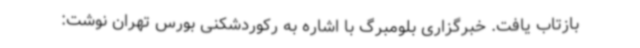
بازتاب یافت. خبرگزاری بلومبرگ با اشاره به رکوردشکنی بورس تهران نوشت: